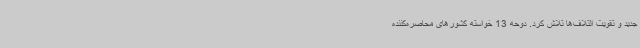
جدید و تقویت ائتلاف‌ها تلاش کرد. دوحه 13 خواسته کشورهای محاصره‌کننده